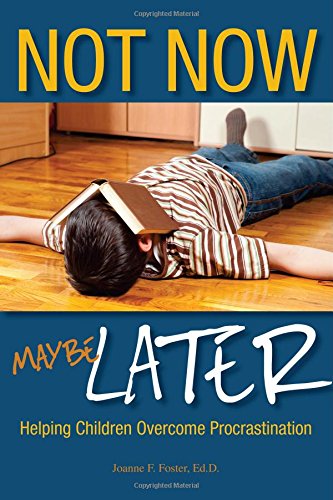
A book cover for Not Now, Maybe Later: Helping Children Overcome Procrastination; Joanne Foster; Business & Money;